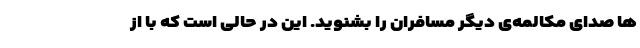
ها صدای مکالمه‌ی دیگر مسافران را بشنوید. این در حالی است که با از